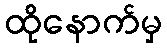
ထိုနောက်မှ